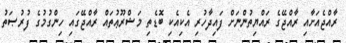
ރާއްޖެއަށާއި ރާއްޖޭގެ ރައްޔިތުންނަށް ފައިދާހުރި އެކިއެކި ބޮޑެތި މަޝްރޫޢުތައް ރާއްޖޭގައި ހިންގުމުގެ ފުރުޞަތު